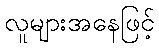
လူများအနေဖြင့်